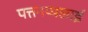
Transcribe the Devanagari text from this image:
पत्तनप्पलाई